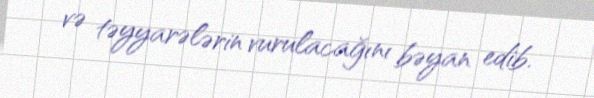
və təyyarələrin vurulacağını bəyan edib.